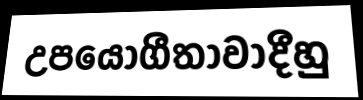
උපයෝගීතාවාදීහු